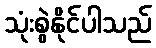
သုံးစွဲနိုင်ပါသည်